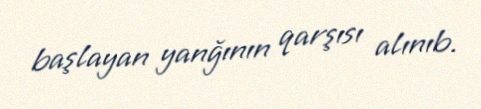
başlayan yanğının qarşısı alınıb.